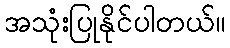
အသုံးပြုနိုင်ပါတယ်။